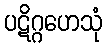
ပဋိဂ္ဂဟေသုံ